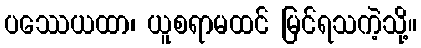
ပဿေယထာ၊ ယူစရာမထင် မြင်ရသကဲ့သို့။